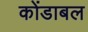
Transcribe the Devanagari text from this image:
कोंडाबल